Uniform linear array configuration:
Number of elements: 4
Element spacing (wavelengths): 0.5
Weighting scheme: exponential
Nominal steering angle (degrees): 15
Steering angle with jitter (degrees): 13.247
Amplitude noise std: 0.05
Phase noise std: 0.05

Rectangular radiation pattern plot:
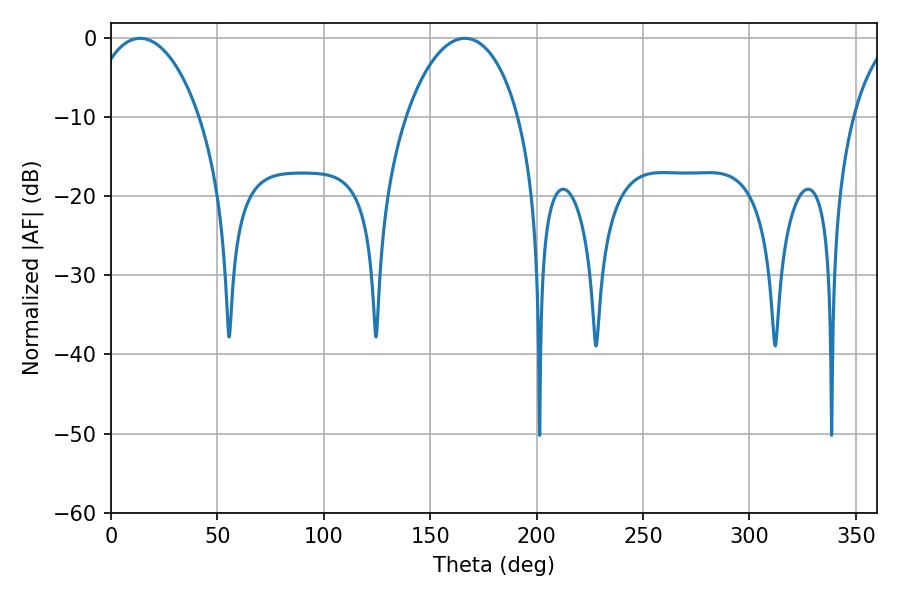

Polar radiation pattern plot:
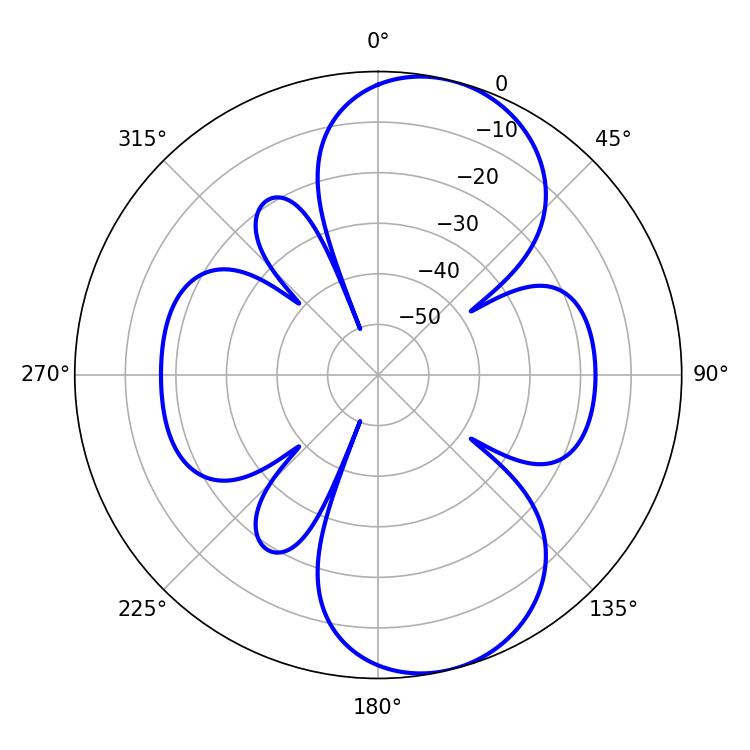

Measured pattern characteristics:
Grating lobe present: FALSE
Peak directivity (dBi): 8.809
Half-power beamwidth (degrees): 29.16
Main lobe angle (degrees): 13.68